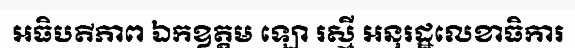
អធិបតីភាព ឯកឧត្តម ឡោ រស្មី អនុរដ្ឋលេខាធិការ